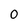
Character: 0